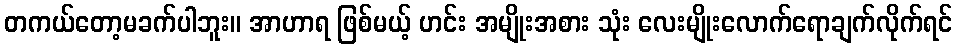
တကယ်တော့မခက်ပါဘူး။ အာဟာရ ဖြစ်မယ့် ဟင်း အမျိုးအစား သုံး လေးမျိုးလောက်ရောချက်လိုက်ရင်